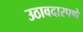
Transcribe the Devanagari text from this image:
उठावदारपणे